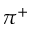
\pi ^ { + }